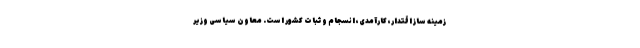
زمینه ساز اقتدار، کارآمدی، انسجام و ثبات کشور است. معاون سیاسی وزیر